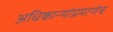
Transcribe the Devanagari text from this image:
अधिकाऱ्यांप्रमाणेच